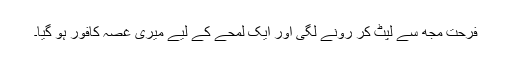
فرحت مجھ سے لپٹ کر رونے لگی اور ایک لمحے کے لیے میری غصہ کافور ہو گیا۔